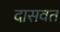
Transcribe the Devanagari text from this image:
दासवत